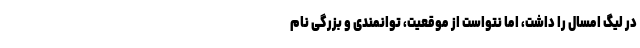
در لیگ امسال را داشت، اما نتواست از موقعیت، توانمندی و بزرگی نام